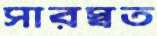
সারস্বত